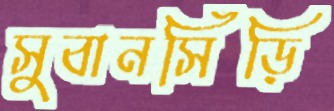
সুবানসিঁড়ি